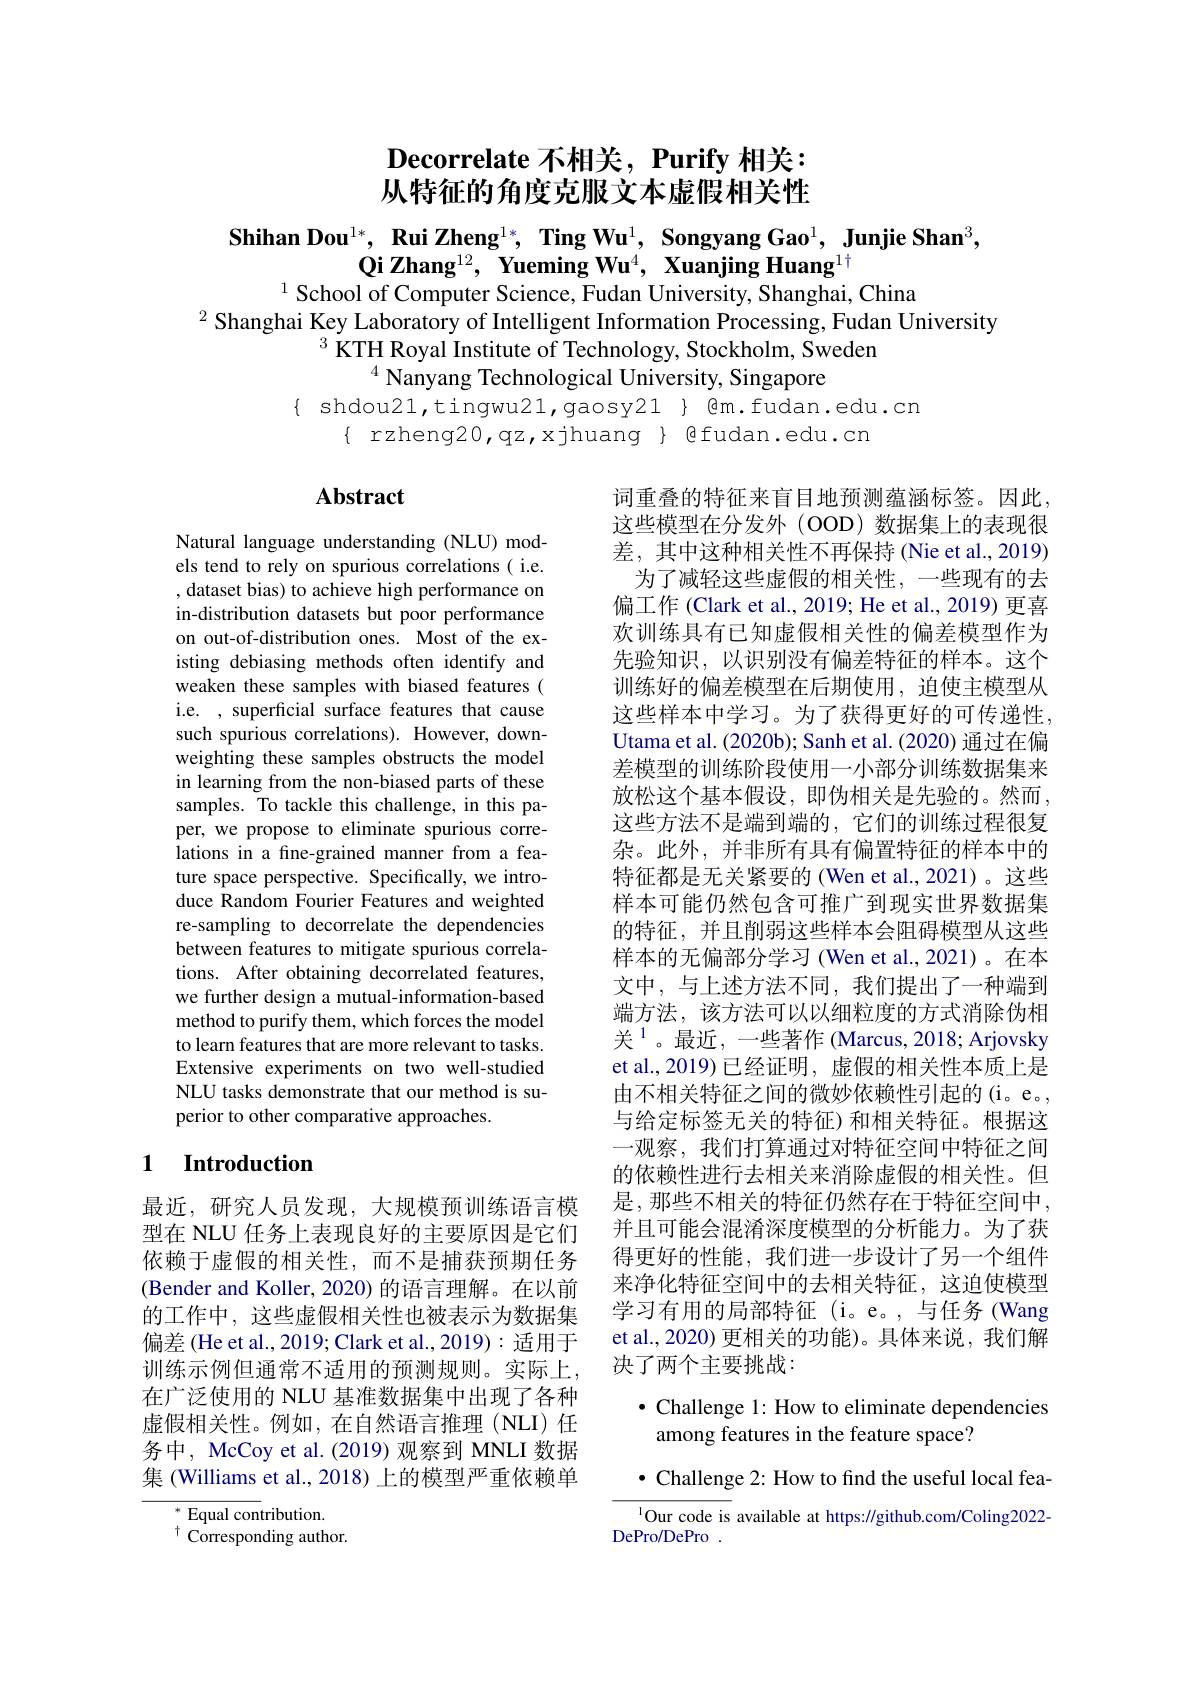
$\textbf{Decorrelate 不 相 关 , Purify 相 关 : }$ 从特征的角度克服文本虚假相关性

$\textbf{Shihan Dou}^{1*}, \textbf{Rui Zheng}^{1*},\text{ Ting Wu}^{1}, \textbf{Songyang Gao}^{1},\textbf{Junjie Shan}^{3}$, $\textbf{Qi Zhang}^{12}, \textbf{Yueming Wu}^{4}, \textbf{Xuanjing Huang}^{1\dagger}$
School of Computer Science. Fudan Universitv. Shanghai. China

$^{2}\hat{\text{Shanghai Key Laboratory of Intelligent Information Processing, Fudan University}}$
$^{3}\ddot{\text{ KTH Royal Institute of Technology, Stockholm, Sweden}}$
$^{4}$ Nanyang Technological University, Singapore
$\{$ shdou21,tingwu21,gaosy21 $\}$ @m.fudan.edu.cn
$\{$ rzheng20,qz,xjhuang $\}$ @fudan.edu.cn

## $\mathbf{Abstract}$

Natural language understanding (NLU) models tend to rely on spurious correlations ( i.e. , dataset bias) to achieve high performance on in-distribution datasets but poor performance on out-of-distribution ones. Most of the existing debiasing methods often identify and weaken these samples with biased features ( i.e. , superficial surface features that cause such spurious correlations). However, downweighting these samples obstructs the model in learning from the non-biased parts of these samples. To tackle this challenge, in this paper, we propose to eliminate spurious correlations in a fine-grained manner from a feature space perspective. Specifically, we introduce Random Fourier Features and weighted re-sampling to decorrelate the dependencies between features to mitigate spurious correlations. After obtaining decorrelated features, we further design a mutual-information-based method to purify them, which forces the model to learn features that are more relevant to tasks. Extensive experiments on two well-studied NLU tasks demonstrate that our method is superior to other comparative approaches.

词重叠的特征来盲目地预测蕴涵标签。因此， 这些模型在分发外(OOD)数据集上的表现很差，其中这种相关性不再保持 (Nie et al., 2019)
为了减轻这些虚假的相关性，一些现有的去偏工作 (Clark et al., 2019; He et al., 2019) 更喜欢训练具有已知虚假相关性的偏差模型作为先验知识，以识别没有偏差特征的样本。这个训练好的偏差模型在后期使用，迫使主模型从这些样本中学习。为了获得更好的可传递性。Utama et al. (2020b); Sanh et al. (2020) 通过在偏差模型的训练阶段使用一小部分训练数据集来放松这个基本假设，即伪相关是先验的。然而， 这些方法不是端到端的，它们的训练过程很复杂。此外，并非所有具有偏置特征的样本中的特征都是无关紧要的 (Wen et al.,2021)。这些样本可能仍然包含可推广到现实世界数据集的特征，并且削弱这些样本会阻碍模型从这些样本的无偏部分学习 (Wen et al.,2021)。在本文中，与上述方法不同，我们提出了一种端到端方法，该方法可以以细粒度的方式消除伪相关$^{1}$。最近，一些著作 (Marcus,2018; Arjovsky et al.,2019) 已经证明，虚假的相关性本质上是由不相关特征之间的微妙依赖性引起的(i。e。, 与给定标签无关的特征)和相关特征。根据这一观察，我们打算通过对特征空间中特征之间的依赖性进行去相关来消除虚假的相关性。但是，那些不相关的特征仍然存在于特征空间中， 并且可能会混淆深度模型的分析能力。为了获得更好的性能，我们进一步设计了另一个组件来净化特征空间中的去相关特征，这迫使模型学习有用的局部特征 (i。e。,与任务 (Wang et al., 2020) 更相关的功能)。具体来说，我们解决了两个主要挑战：

### 1 $\textbf{Introduction}$

最近，研究人员发现，大规模预训练语言模型在 NLU 任务上表现良好的主要原因是它们依赖于虚假的相关性，而不是捕获预期任务(Bender and Koller, 2020) 的语言理解。在以前的工作中，这些虚假相关性也被表示为数据集偏差(He et al., 2019; Clark et al., 2019): 适用于训练示例但通常不适用的预测规则。实际上， 在广泛使用的 NLU 基准数据集中出现了各种虚假相关性。例如，在自然语言推理(NLI)任务中，McCoy et al.(2019)观察到 MNLI 数据集 (Williams et al., 2018) 上的模型严重依赖单

## $\bullet$ Challenge 1: How to eliminate dependencies among features in the feature space?

$\bullet$ Challenge 2: How to find the useful local fea-

$^*$Equal contribution.

$^{1}$Our code is available at https://github.com/Coling2022-
DePro/DePro .

$^{\dagger}$ Corresponding author.